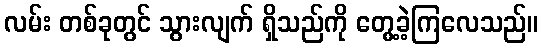
လမ်း တစ်ခုတွင် သွားလျက် ရှိသည်ကို တွေ့ခဲ့ကြလေသည်။